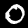
Digit: 0